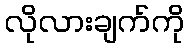
လိုလားချက်ကို